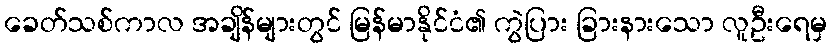
ခေတ်သစ်ကာလ အချိန်များတွင် မြန်မာနိုင်ငံ၏ ကွဲပြား ခြားနားသော လူဦးရေမှ